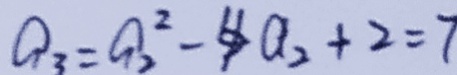
Q _ { 3 } = a _ { 2 } ^ { 2 } - 4 a _ { 2 } + 2 = 7